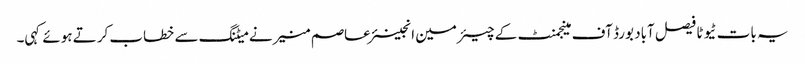
یہ بات ٹیوٹا فیصل آباد بورڈ آف مینجمنٹ کے چیئرمین انجینئر عاصم منیر نے میٹنگ سے خطاب کرتے ہوئے کہی۔